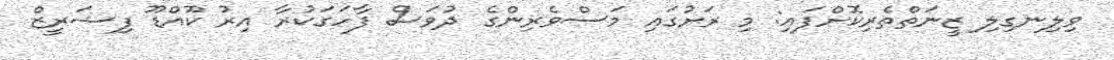
ވިލިނގިލި ޒީނަތްތެރިކޮށްފައި: މި ރަށުގައި މަސްވެރިންގެ ދުވަސް ފާހަގަކުރާ އިރު ކޫއްޑޫ ފިޝަރީޒް